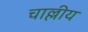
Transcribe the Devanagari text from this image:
चाल्लीय